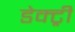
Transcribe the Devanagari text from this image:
डेक्ट्री